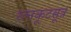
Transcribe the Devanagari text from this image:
रत्नकूटसूत्र